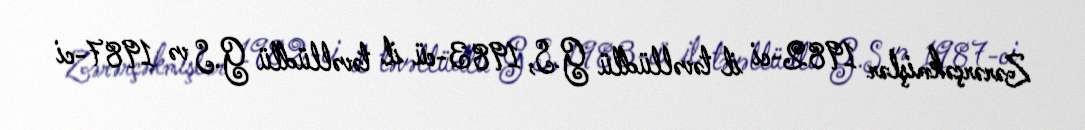
Zərərçəkmişlər 1982-ci il təvəllüdlü G.S, 1983-cü il təvəllüdlü G.S və 1987-ci